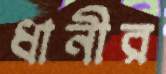
ধানীর